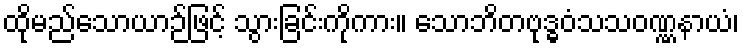
ထိုမည်သောယာဉ်ဖြင့် သွားခြင်းကိုကား။ သောဘိတဗုဒ္ဓဝံသသဝဏ္ဏနာယံ၊